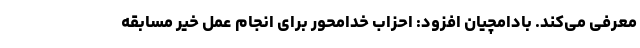
معرفی می‌کند. بادامچیان افزود: احزاب خدامحور برای انجام عمل خیر مسابقه